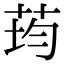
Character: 荺